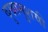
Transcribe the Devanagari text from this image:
दुखानुशयी